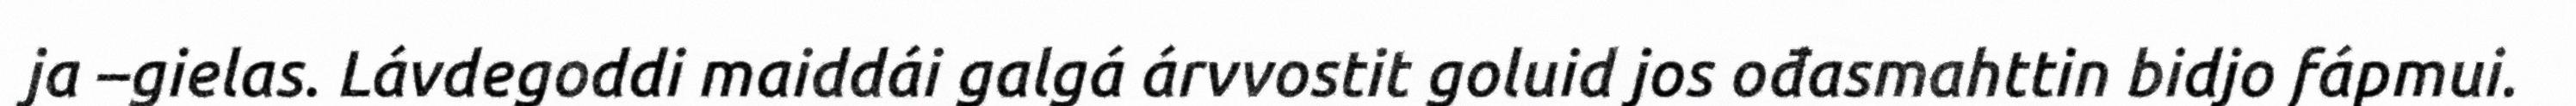
ja –gielas. Lávdegoddi maiddái galgá árvvostit goluid jos ođasmahttin bidjo fápmui.